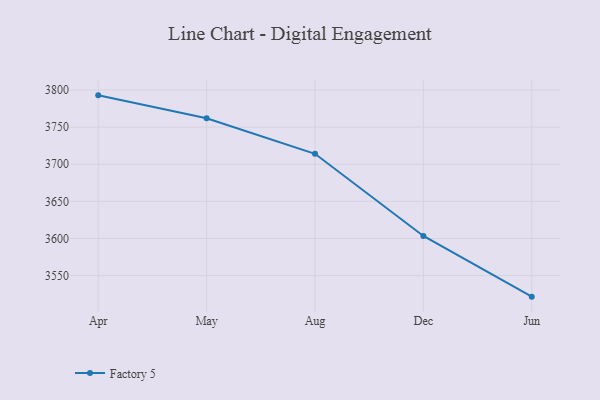
{"axis": {"x": "Month", "y": "Revenue (USD Million)"}, "legend": ["Factory 5"], "data": [{"x": "Apr", "y": 3792.8, "type": "Factory 5"}, {"x": "May", "y": 3762.0, "type": "Factory 5"}, {"x": "Aug", "y": 3714.1, "type": "Factory 5"}, {"x": "Dec", "y": 3603.4, "type": "Factory 5"}, {"x": "Jun", "y": 3521.7, "type": "Factory 5"}]}